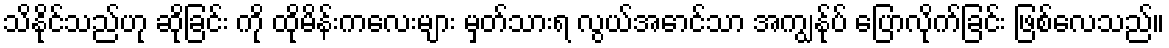
သိနိုင်သည်ဟု ဆိုခြင်း ကို ထိုမိန်းကလေးများ မှတ်သားရ လွယ်အောင်သာ အကျွန်ုပ် ပြောလိုက်ခြင်း ဖြစ်လေသည်။